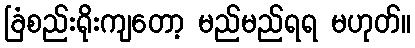
ခြံစည်းရိုးကျတော့ မည်မည်ရရ မဟုတ်။